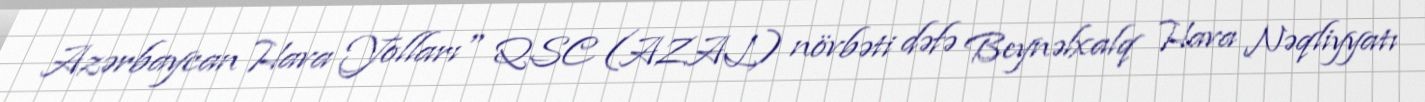
Azərbaycan Hava Yolları" QSC (AZAL) növbəti dəfə Beynəlxalq Hava Nəqliyyatı